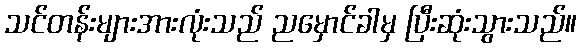
သင်တန်းများအားလုံးသည် ညမှောင်ခါမှ ပြီးဆုံးသွားသည်။